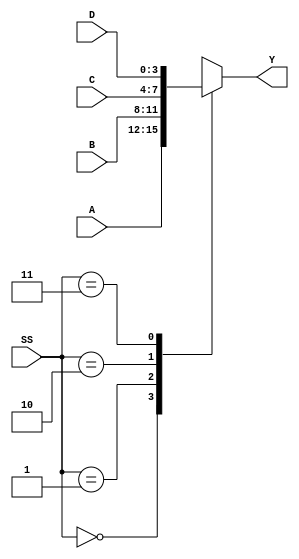
module four_one_Mux(
	input [3:0] A,
	input [3:0] B,
	input [3:0] C,
	input [3:0] D,
	input [1:0] SS,
	output [3:0] Y
	); 
	
	always @(A or B or C or D or SS)
		begin
		case(SS)
		2'b00: Y = A;
		2'b01: Y = B;
		2'b10: Y = C;
		2'b11: Y = D;
		endcase
		end
		
endmodule